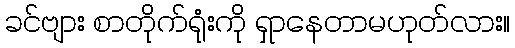
ခင်ဗျား စာတိုက်ရုံးကို ရှာနေတာမဟုတ်လား။